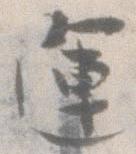
運